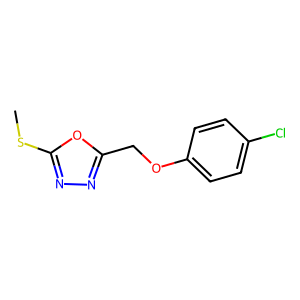
SMILES: CSc1nnc(COc2ccc(Cl)cc2)o1
Inhibits HIV replication: No